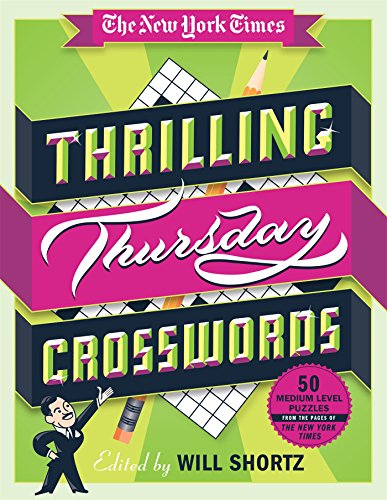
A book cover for The New York Times Thrilling Thursday Crosswords: 50 Medium-Level Puzzles from the Pages of The New York Times (The New York Times Smart Puzzles); The New York Times; Humor & Entertainment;